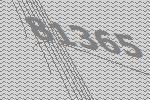
81365